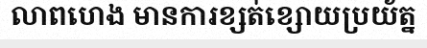
លាពហេង មានការខ្សត់ខ្សោយប្រយ័ត្ន